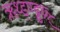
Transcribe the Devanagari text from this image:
ॠथ्ड़ण्ड्ढथ्र्न्र्